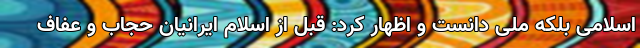
اسلامی بلکه ملی دانست و اظهار کرد: قبل از اسلام ایرانیان حجاب‌ و عفاف